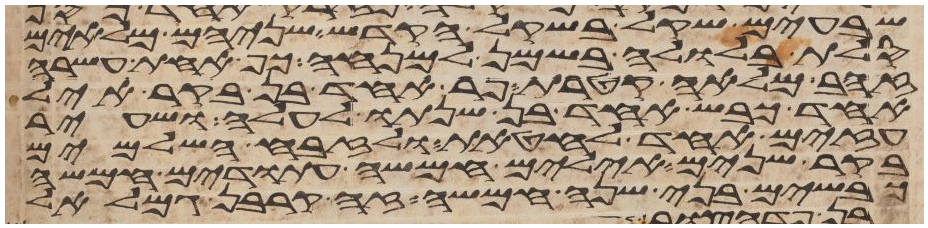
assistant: שבעים שקל בשקל הקדש שניהם מלאים
סלת בלולה בשמן למנחה כף אחת עשרה
זהב מלאה קטרת פר אחד בן בקר איל
אחד כבש אחד בן שנתו לעלה ושעיר
עזים אחד לחטאת ולזבח השלמים
בקר שנים אילים חמשה עתודים חמשה
כבשים בני שנה חמשה זה קרבן גמלאל